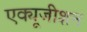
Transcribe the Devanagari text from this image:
एक्यूजीशन